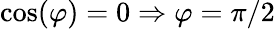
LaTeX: \cos(\varphi)=0\Rightarrow\varphi=\pi/2